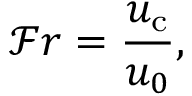
\mathcal { F } r = \frac { u _ { \mathrm { c } } } { u _ { 0 } } ,